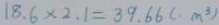
1 8 . 6 \times 2 . 1 = 3 9 . 6 6 ( m ^ { 3 } )